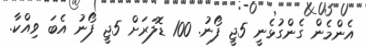
އެންމެން ގެންގުޅެނީ 5ޖީ ފޯނު. 100 ޑޮލަރަށް 5ޖީ ފޯނު އެބަ ވިއްކާ.